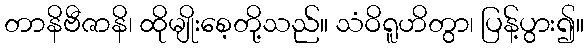
တာနိဗီဇာနိ၊ ထိုမျိုးစေ့တို့သည်။ သံဝိရူဟိတွာ၊ ပြန့်ပွား၍။